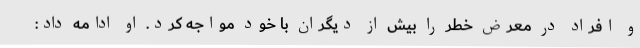
و افراد در معرض خطر را بیش از دیگران با خود مواجه کرد. او ادامه داد: